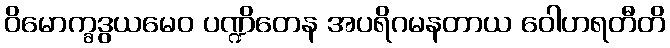
ဝိမောက္ခဒွယမေဝ ပဏ္ဍိတေန အပရိဂမနတာယ ဝေါဟရတီတိ